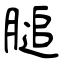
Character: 膇